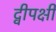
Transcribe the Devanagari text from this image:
द्वीपक्षी